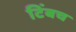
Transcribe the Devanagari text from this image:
टिंबच